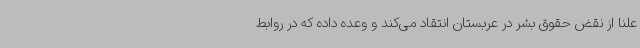
علنا از نقض حقوق بشر در عربستان انتقاد می‌کند و وعده داده که در روابط